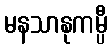
မနသာနုကမ္ပီ